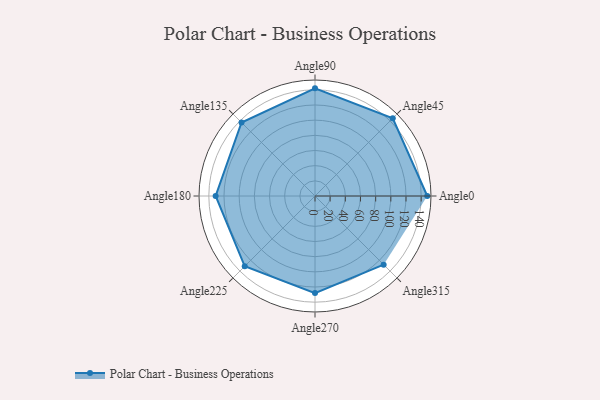
{"axis": {"x": "Angle", "y": "Radius"}, "legend": [""], "data": [{"x": "Angle0", "y": 148.0, "type": ""}, {"x": "Angle45", "y": 145.0, "type": ""}, {"x": "Angle90", "y": 142.0, "type": ""}, {"x": "Angle135", "y": 137.0, "type": ""}, {"x": "Angle180", "y": 131.0, "type": ""}, {"x": "Angle225", "y": 131.0, "type": ""}, {"x": "Angle270", "y": 128.0, "type": ""}, {"x": "Angle315", "y": 128.0, "type": ""}]}